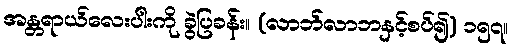
အန္တရာယ်လေးပါးကို ခွဲပြခန်း။ (လာဘ်လာဘနှင့်စပ်၍) ၁၅၇။